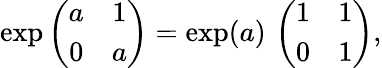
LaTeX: \exp\left(\begin{array}{cc}{{a}}&{{1}}\\ {{0}}&{{a}}\end{array}\right)=\exp(a)\, \left(\begin{array}{cc}{{1}}&{{1}}\\ {{0}}&{{1}}\end{array}\right),